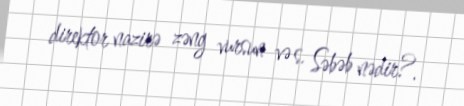
direktor nazirə zəng vursun və s. Səbəb nədir?.